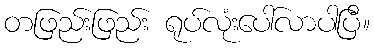
တဖြည်းဖြည်း ရုပ်လုံးပေါ်လာပါပြီ။